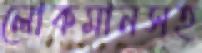
লোকমানসহ